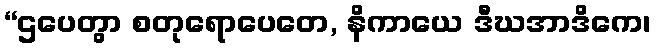
“ဌပေတွာ စတုရောပေတေ, နိကာယေ ဒီဃအာဒိကေ၊